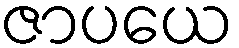
ဇာပယေ